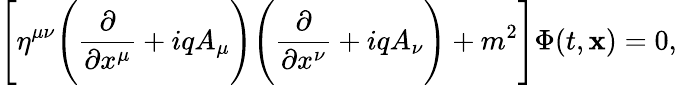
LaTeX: \Biggl[\eta^{\mu\nu}\Biggl(\frac{\partial}{\partial x^{\mu}}+iqA_{\mu}\Biggr)\Biggl(\frac{\partial}{\partial x^{\nu}}+iqA_{\nu}\Biggr)+m^{2}\Biggr]\Phi(t,{\mathbf x})=0,